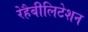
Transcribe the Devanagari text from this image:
रेहैबीलिटेशन